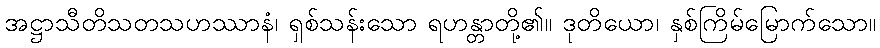
အဋ္ဌာသီတိသတသဟဿာနံ၊ ရှစ်သန်းသော ရဟန္တာတို့၏။ ဒုတိယော၊ နှစ်ကြိမ်မြောက်သော။